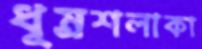
ধূম্রশলাকা